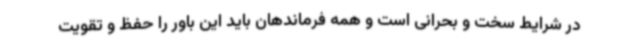
در شرایط سخت و بحرانی است و همه فرماندهان باید این باور را حفظ و تقویت